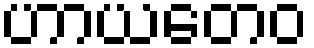
ဟာယတေဝ